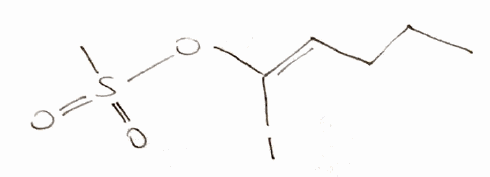
Simplified molecular-input line-entry system (SMILES) notation of the given molecule:
CCC/C=C(/OS(=O)(=O)C)\I